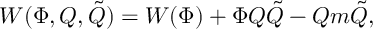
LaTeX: W ( \Phi , Q , \tilde { Q } ) = W ( \Phi ) + \Phi Q \tilde { Q } - Q m \tilde { Q } ,